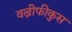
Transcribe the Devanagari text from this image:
वल्नीफीकुस